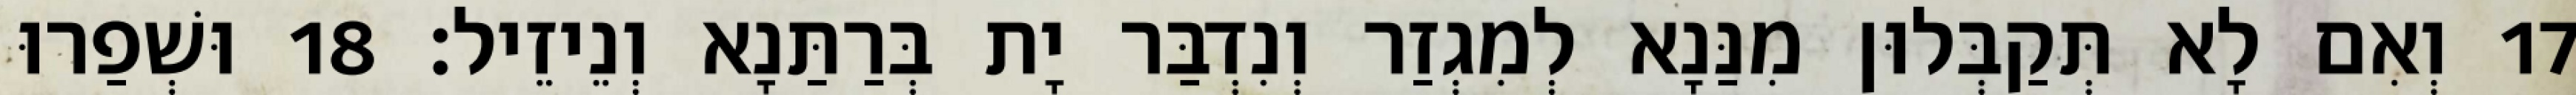
17 וְאִם לָא תְּקַבְּלוּן מִנַּנָא לְמִגְזַר וְנִדְבַּר יָת בְּרַתַּנָא וְנֵיזֵיל׃ 18 וּשְׁפַרוּ